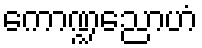
ကောဏ္ဍညောဟံ